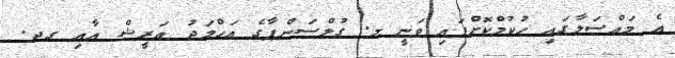
އެ މައްސަލާގައި ހުކުމްކޮށްފައި ވަނީ މ. ގުލްސަންޕާގެ އަހްމަދު އަރީޝް އާއި ގދ.